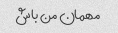
مهمان من باش